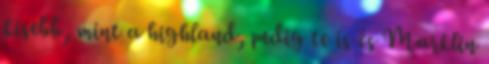
kisebb, mint a highland, pedig te is és Marklin